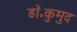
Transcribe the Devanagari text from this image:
डॉ॰कुमुद